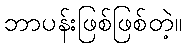
ဘာပန်းဖြစ်ဖြစ်တဲ့။